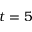
t = 5